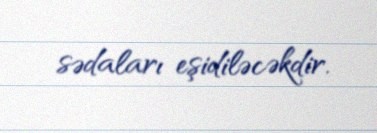
sədaları eşidiləcəkdir.